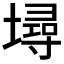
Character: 𡑎